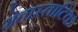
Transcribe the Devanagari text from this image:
मेतास्ताटिक